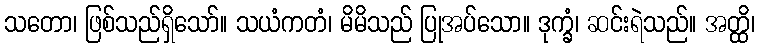
သတော၊ ဖြစ်သည်ရှိသော်။ သယံကတံ၊ မိမိသည် ပြုအပ်သော။ ဒုက္ခံ၊ ဆင်းရဲသည်။ အတ္ထိ၊